65_HS1-834228961_62-HQ-83894_Section_9
Agency: FBI
Page 71
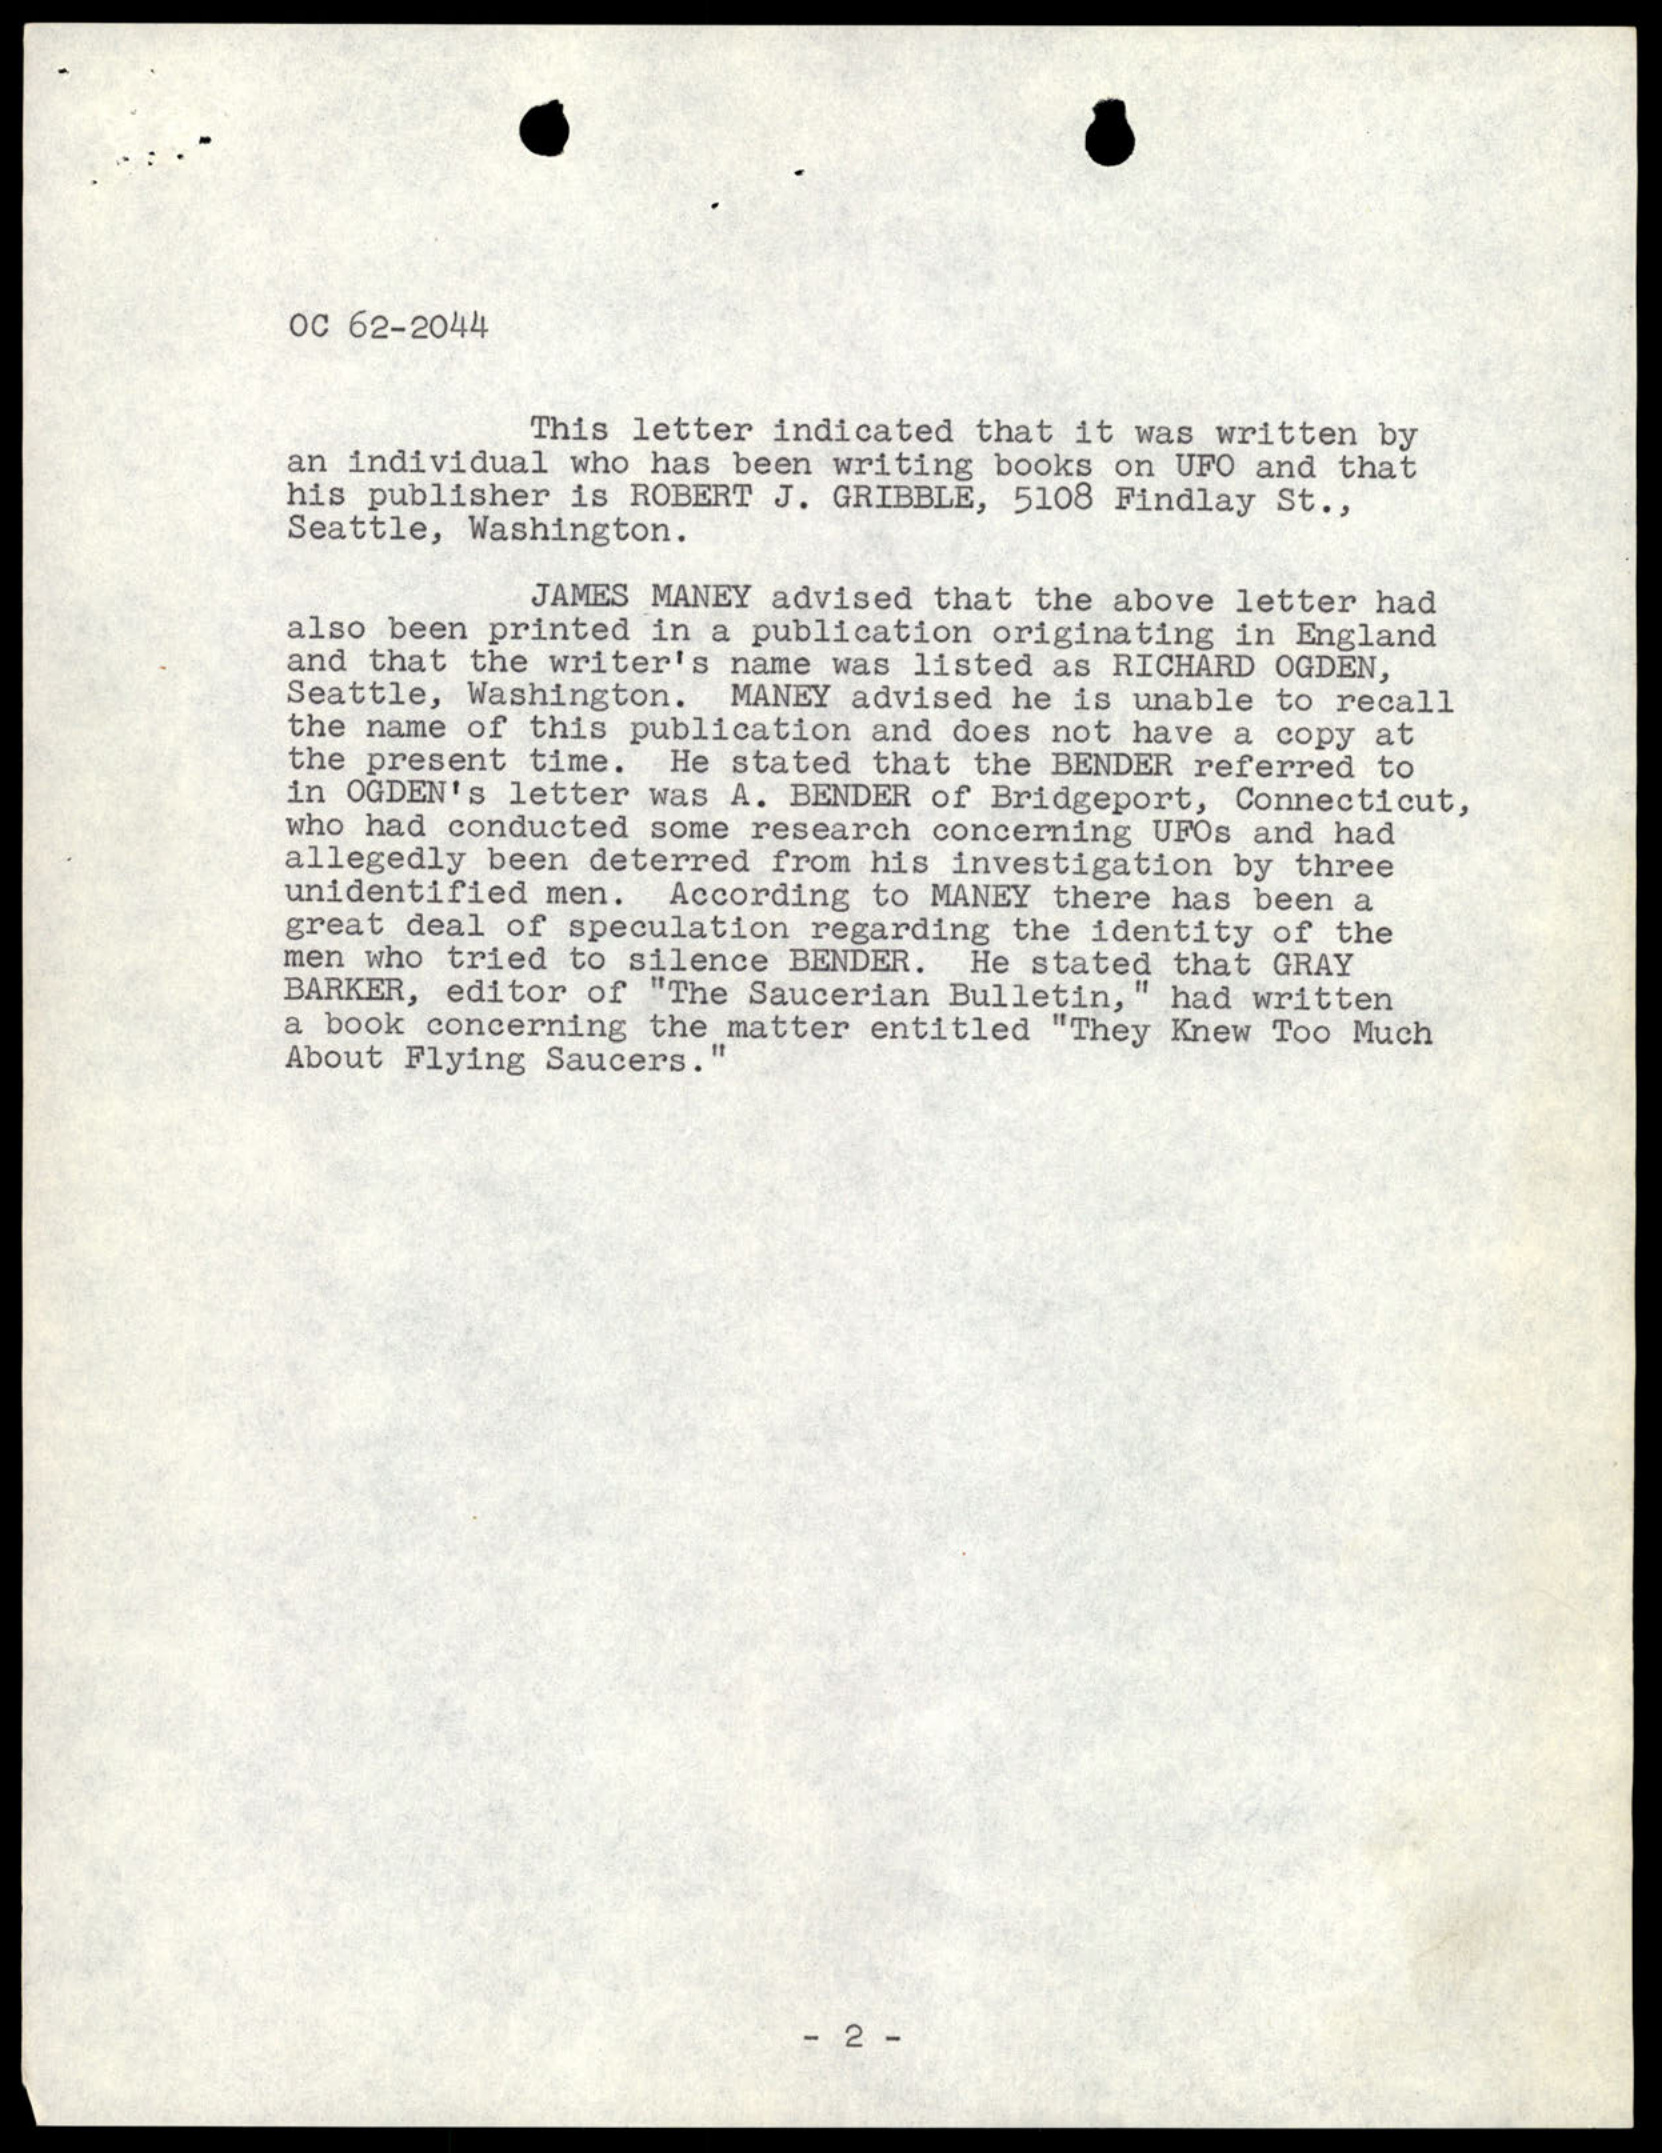